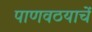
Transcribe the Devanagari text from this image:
पाणवठयाचें